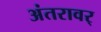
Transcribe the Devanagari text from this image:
अंतरावर्